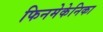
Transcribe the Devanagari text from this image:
फिनमेकेनिका